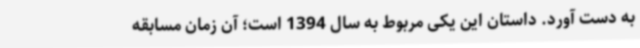
به دست آورد. داستان این یکی مربوط به سال 1394 است؛ آن زمان مسابقه